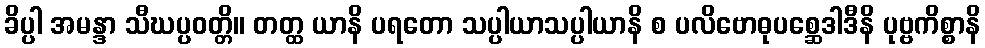
ခိပ္ပါ အမန္ဒာ သီဃပ္ပဝတ္တိ။ တတ္ထ ယာနိ ပရတော သပ္ပါယာသပ္ပါယာနိ စ ပလိဗောဓုပစ္ဆေဒါဒီနိ ပုဗ္ဗကိစ္စာနိ